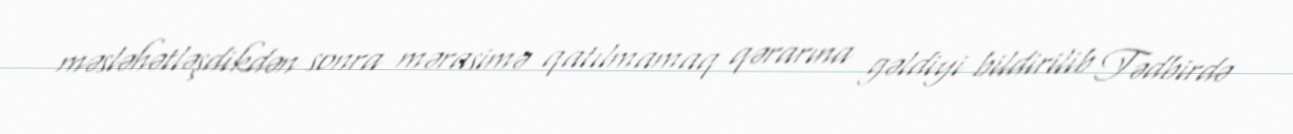
məsləhətləşdikdən sonra mərasimə qatılmamaq qərarına gəldiyi bildirilib Tədbirdə